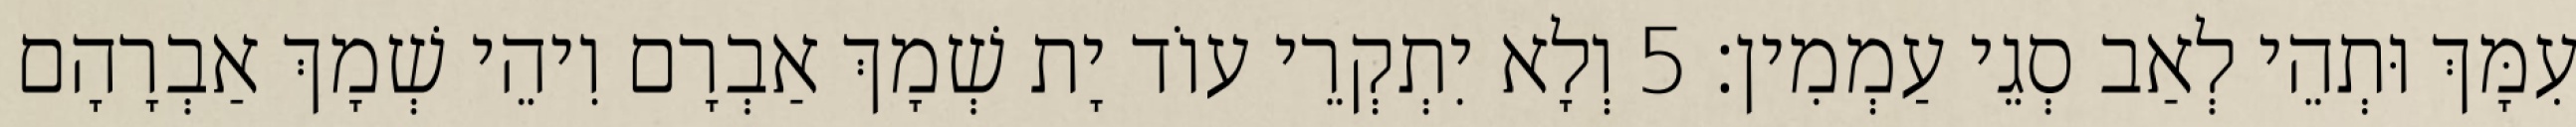
עִמָּךְ וּתְהֵי לְאַב סְגֵי עַמְמִין׃ 5 וְלָא יִתְקְרֵי עוֹד יָת שְׁמָךְ אַבְרָם וִיהֵי שְׁמָךְ אַבְרָהָם